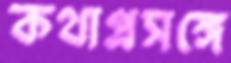
কথাপ্রসঙ্গে